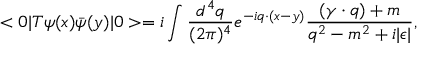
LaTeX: < 0 | T \psi ( x ) \bar { \psi } ( y ) | 0 > = i \int \frac { d ^ { 4 } q } { ( 2 \pi ) ^ { 4 } } e ^ { - i q \cdot ( x - y ) } \frac { ( \gamma \cdot q ) + m } { q ^ { 2 } - m ^ { 2 } + i | \epsilon | } ,